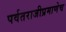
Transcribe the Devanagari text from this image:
पर्वतराजीप्रमाणेच